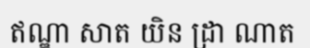
ឥណ្ឌា សាត យិន ដ្រា ណាត